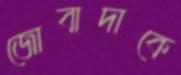
জোবাদাকে